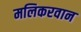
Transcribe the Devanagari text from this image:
मलिकरवान